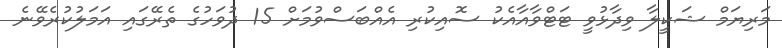
މަރިޔަމް ޝަކީލާ ވިދާޅުވީ ޓަޓްވާއާއެކު ސޮއިކުރި އެއްބަސްވުމަށް 15 ދުވަހުގެ ތެރޭގައި އަމަލުކުރެވޭނެ